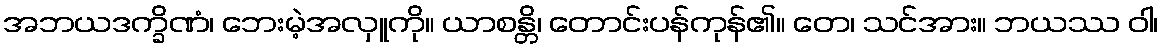
အဘယဒက္ခိဏံ၊ ဘေးမဲ့အလှူကို။ ယာစန္တိ၊ တောင်းပန်ကုန်၏။ တေ၊ သင်အား။ ဘယဿ ဝါ၊